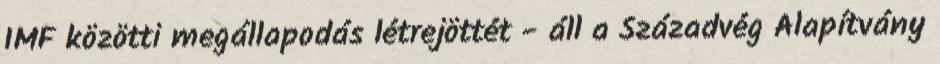
IMF közötti megállapodás létrejöttét - áll a Századvég Alapítvány